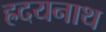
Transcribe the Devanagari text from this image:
ह्रदयनाथ